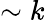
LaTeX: \sim k